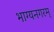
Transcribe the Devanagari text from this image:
भाग्यनगरम्